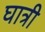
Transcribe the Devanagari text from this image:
घात्री